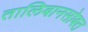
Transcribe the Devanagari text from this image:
तालिबानसोबत